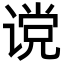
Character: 谠